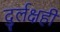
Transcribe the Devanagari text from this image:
दुर्लक्षही